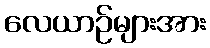
လေယာဉ်များအား